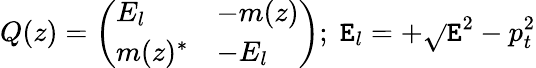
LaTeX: Q(z)=\left(\begin{array}{ll}{{E_{l}}}&{{-m(z)}}\\ {{m(z)^{\ast}}}&{{-E_{l}}}\end{array}\right);\; \mathtt{E}_{l}=+\sqrt{}{{\mathtt{E}^{2}-p_{t}^{2}}}